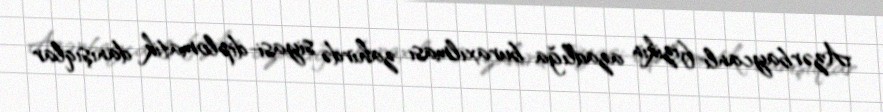
Azərbaycanlı fizikin azadlığa buraxılması zahirdə siyasi-diplomatik danışıqlar